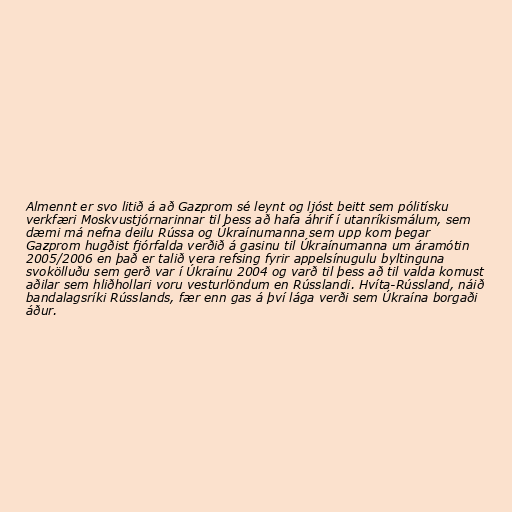
Almennt er svo litið á að Gazprom sé leynt og ljóst beitt sem pólitísku
verkfæri Moskvustjórnarinnar til þess að hafa áhrif í utanríkismálum, sem
dæmi má nefna deilu Rússa og Úkraínumanna sem upp kom þegar
Gazprom hugðist fjórfalda verðið á gasinu til Úkraínumanna um áramótin
2005/2006 en það er talið vera refsing fyrir appelsínugulu byltinguna
svokölluðu sem gerð var í Úkraínu 2004 og varð til þess að til valda komust
aðilar sem hliðhollari voru vesturlöndum en Rússlandi. Hvíta-Rússland, náið
bandalagsríki Rússlands, fær enn gas á því lága verði sem Úkraína borgaði
áður.